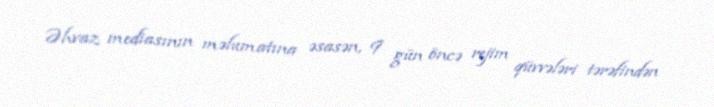
Əhvaz mediasının məlumatına əsasən, 9 gün öncə rejim qüvvələri tərəfindən